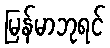
မြန်မာဘုရင်